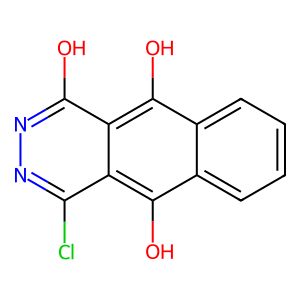
SMILES: Oc1nnc(Cl)c2c(O)c3ccccc3c(O)c12
Inhibits HIV replication: No